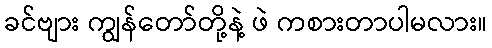
ခင်ဗျား ကျွန်တော်တို့နဲ့ ဖဲ ကစားတာပါမလား။